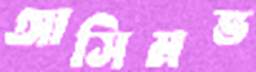
আসিমভ